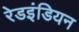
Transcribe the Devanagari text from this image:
रेडइंडियन